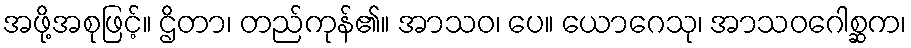
အဖို့အစုဖြင့်။ ဌိတာ၊ တည်ကုန်၏။ အာသဝ၊ ပေ။ ယောဂေသု၊ အာသဝဂေါစ္ဆက၊